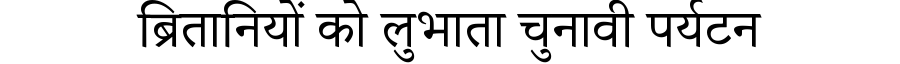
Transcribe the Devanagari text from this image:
ब्रितानियों को लुभाता चुनावी पर्यटन